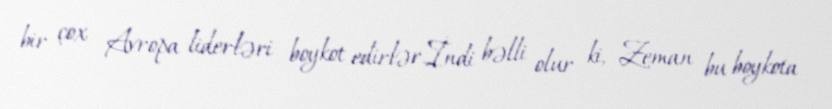
bir çox Avropa liderləri boykot edirlər.İndi bəlli olur ki, Zeman bu boykota